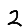
Digit: 2